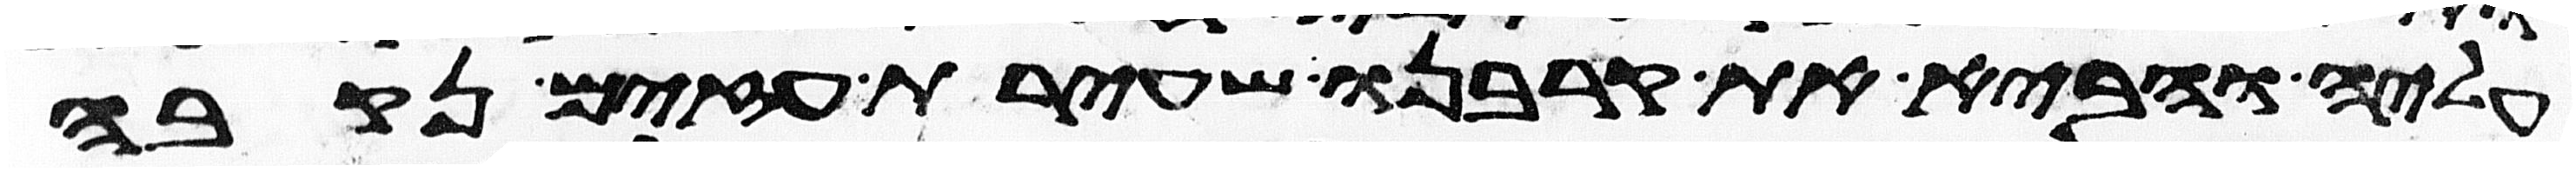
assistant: עליה והביא את קרבנו שעירת עזים נקבה